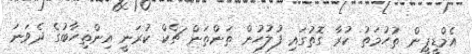
އެމްޑީޕީން ތުހުމަތު ކުރާ ގޮތުގައި ފުލުހުން ތަންތަން ޗެކް ކުރަނީ އިންތިހާބުގެ ދެވަނަ